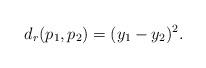
LaTeX: \begin{align*}d_r(p_1,p_2) = (y_1-y_2)^2.\end{align*}